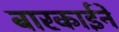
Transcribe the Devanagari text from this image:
बारकार्इने